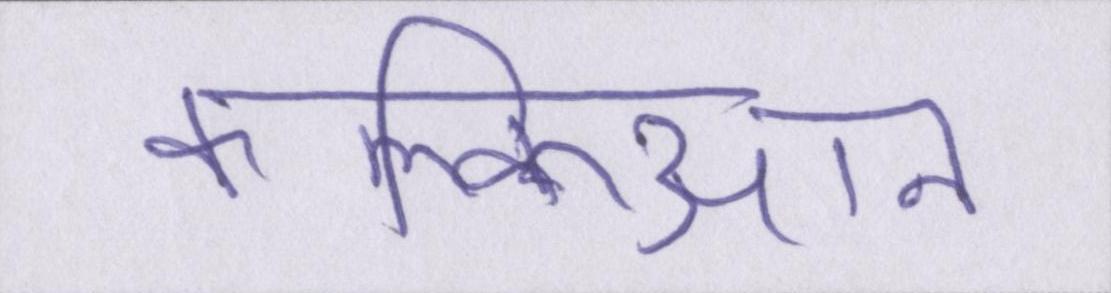
कल्किआन